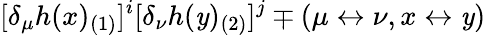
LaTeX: [\delta_{\mu}h(x)_{(1)}]^{i}[\delta_{\nu}h(\mathit{y})_{(2)}]^{j}\mp(\mu\leftrightarrow\nu,x\leftrightarrow\mathit{y})